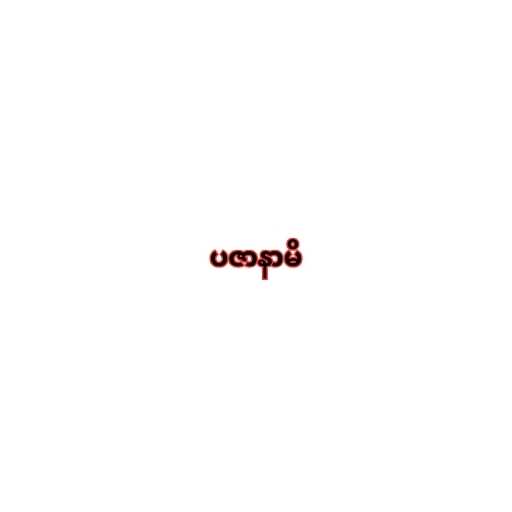
ပဇာနာမိ